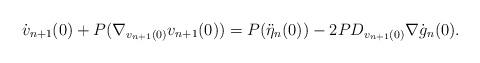
LaTeX: \begin{align*}\dot{v}_{n+1}(0) + P(\nabla_{v_{n+1}(0)} v_{n+1}(0) )= P(\ddot{\eta}_n(0)) - 2PD_{v_{n+1}(0)} \nabla \dot{g}_n(0).\end{align*}